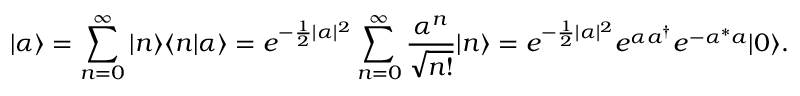
| \alpha \rangle = \sum _ { n = 0 } ^ { \infty } | n \rangle \langle n | \alpha \rangle = e ^ { - { \frac { 1 } { 2 } } | \alpha | ^ { 2 } } \sum _ { n = 0 } ^ { \infty } { \frac { \alpha ^ { n } } { \sqrt { n ! } } } | n \rangle = e ^ { - { \frac { 1 } { 2 } } | \alpha | ^ { 2 } } e ^ { \alpha a ^ { \dagger } } e ^ { - { \alpha ^ { * } a } } | 0 \rangle .